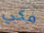
فكي